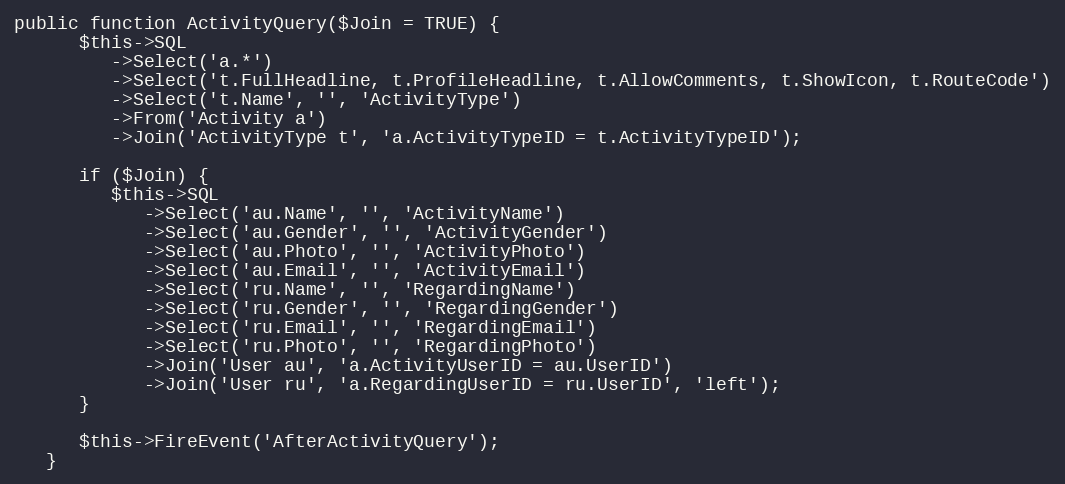
Language: PHP
public function ActivityQuery($Join = TRUE) {
      $this->SQL
         ->Select('a.*')
         ->Select('t.FullHeadline, t.ProfileHeadline, t.AllowComments, t.ShowIcon, t.RouteCode')
         ->Select('t.Name', '', 'ActivityType')
         ->From('Activity a')
         ->Join('ActivityType t', 'a.ActivityTypeID = t.ActivityTypeID');

      if ($Join) {
         $this->SQL
            ->Select('au.Name', '', 'ActivityName')
            ->Select('au.Gender', '', 'ActivityGender')
            ->Select('au.Photo', '', 'ActivityPhoto')
            ->Select('au.Email', '', 'ActivityEmail')
            ->Select('ru.Name', '', 'RegardingName')
            ->Select('ru.Gender', '', 'RegardingGender')
            ->Select('ru.Email', '', 'RegardingEmail')
            ->Select('ru.Photo', '', 'RegardingPhoto')
            ->Join('User au', 'a.ActivityUserID = au.UserID')
            ->Join('User ru', 'a.RegardingUserID = ru.UserID', 'left');
      }

      $this->FireEvent('AfterActivityQuery');
   }